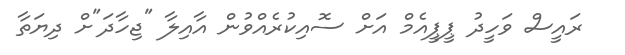
ރައީސް ވަހީދު ޕީޕީއެމް އަށް ސޮއިކުރެއްވުން އާއިލާ "ޖިހާދަ"ށް ދިޔަތާ